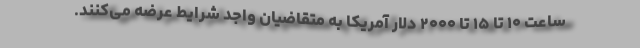
ساعت ۱۰ تا ۱۵ تا ۲۰۰۰ دلار آمریکا به متقاضیان واجد شرایط عرضه می‌کنند.